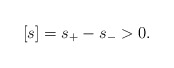
\begin{align*} [s]=s_+-s_->0.\end{align*}